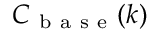
C _ { \mathrm { ~ b ~ a ~ s ~ e ~ } } ( k )